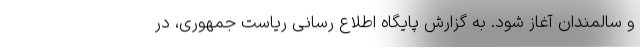
و سالمندان آغاز شود. به گزارش پایگاه اطلاع رسانی ریاست جمهوری، در